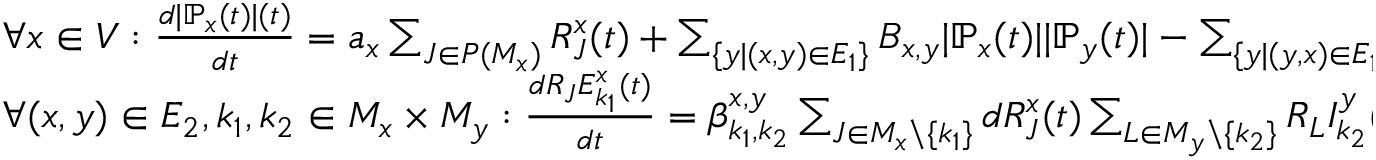
\begin{array} { l } { \forall x \in V : \frac { d | \mathbb { P } _ { x } ( t ) | ( t ) } { d t } = a _ { x } \sum _ { J \in P ( M _ { x } ) } R _ { J } ^ { x } ( t ) + \sum _ { \{ y | ( x , y ) \in E _ { 1 } \} } B _ { x , y } | \mathbb { P } _ { x } ( t ) | | \mathbb { P } _ { y } ( t ) | - \sum _ { \{ y | ( y , x ) \in E _ { 1 } \} } C _ { y , x } | \mathbb { P } _ { y } ( t ) | | \mathbb { P } _ { x } ( t ) | - d _ { x } | \mathbb { P } _ { i } ( t ) | , } \\ { \forall ( x , y ) \in E _ { 2 } , k _ { 1 } , k _ { 2 } \in M _ { x } \times M _ { y } : \frac { d R _ { J } E _ { k _ { 1 } } ^ { x } ( t ) } { d t } = \beta _ { k _ { 1 } , k _ { 2 } } ^ { x , y } \sum _ { J \in M _ { x } \backslash \{ k _ { 1 } \} } d R _ { J } ^ { x } ( t ) \sum _ { L \in M _ { y } \backslash \{ k _ { 2 } \} } R _ { L } I _ { k _ { 2 } } ^ { y } ( t ) } \end{array}